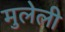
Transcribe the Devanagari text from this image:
मुलेली